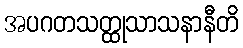
အပဂတသတ္ထုသာသနာနီတိ